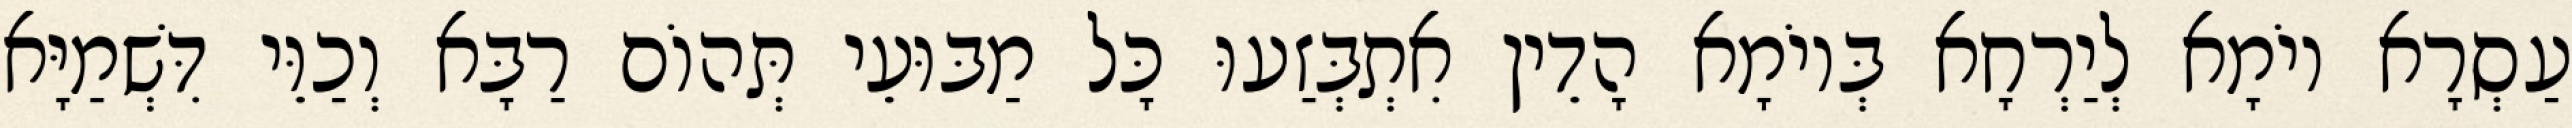
עַסְרָא יוֹמָא לְיַרְחָא בְּיוֹמָא הָדֵין אִתְבְּזַעוּ כָּל מַבּוּעֵי תְּהוֹם רַבָּא וְכַוֵּי דִּשְׁמַיָּא